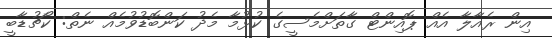
އިން ރެއާލާ އެއް ޕޮއިންޓް ގާތަށްމެސީގެ ކުޅުމާ މެދު ކަންބޮޑުވުމެއް ނެތް: ކޯޗުޑާބީ